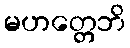
မဟတ္တေဘိ